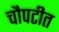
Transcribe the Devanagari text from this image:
चौपटीत